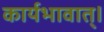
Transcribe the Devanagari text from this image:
कार्यभावात्।